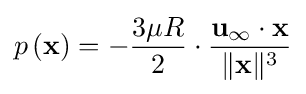
p\left(\mathbf {x} \right)=-{\frac {3\mu R}{2}}\cdot {\frac {\mathbf {u} _{\infty }\cdot \mathbf {x} }{\|\mathbf {x} \|^{3}}}